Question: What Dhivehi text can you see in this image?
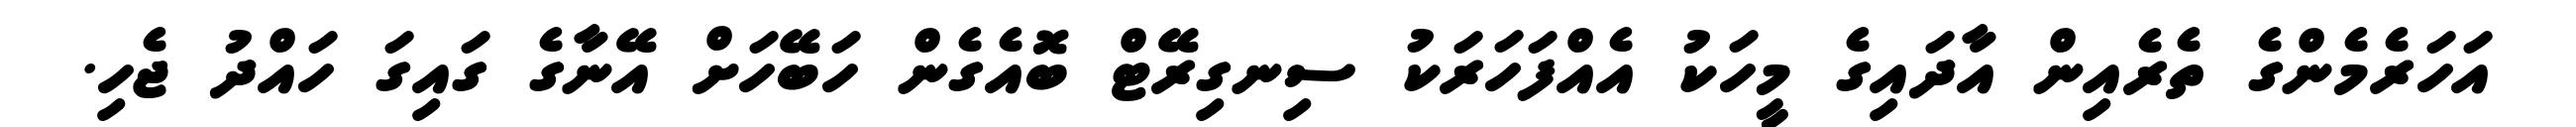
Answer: އަހަރެމެންގެ ތެރެއިން އާދައިގެ މީހަކު އެއްފަހަރަކު ސިނގިރޭޓް ބޮއެގެން ހަބޭހަށް އޭނާގެ ގައިގަ ހައްދު ޖެހި.